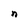
Character: n